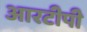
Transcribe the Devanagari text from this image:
आरटीपी